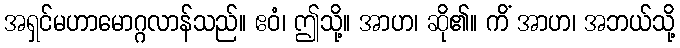
အရှင်မဟာမောဂ္ဂလာန်သည်။ ဧဝံ၊ ဤသို့။ အာဟ၊ ဆို၏။ ကိံ အာဟ၊ အဘယ်သို့